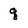
Character: q